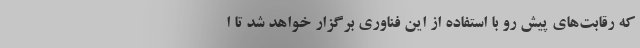
که رقابت‌های پیش رو با استفاده از این فناوری برگزار خواهد شد تا ا